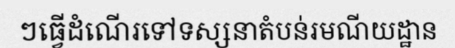
ៗធ្វើដំណើរទៅទស្សនាតំបន់រមណីយដ្ឋាន